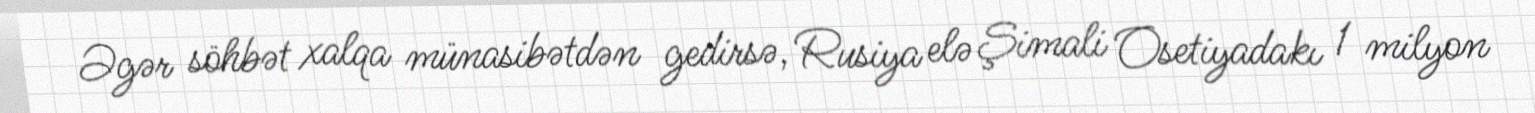
Əgər söhbət xalqa münasibətdən gedirsə, Rusiya elə Şimali Osetiyadakı 1 milyon